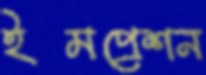
ইমপ্রেশন